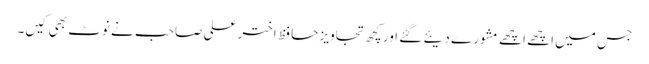
جس میں اچھے اچھے مشورے دیئے گئے اور کچھ تجاویز حافظ اختر علی صاحب نے نوٹ بھی کیں۔